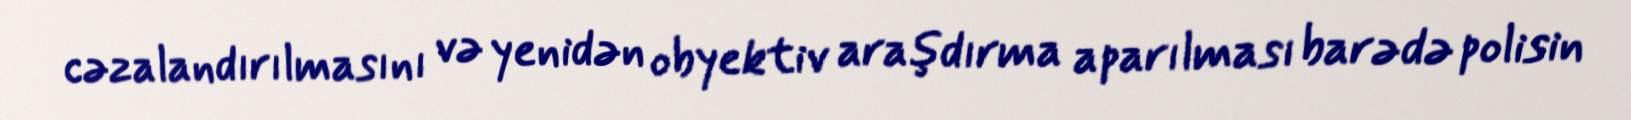
cəzalandırılmasını və yenidən obyektiv araşdırma aparılması barədə polisin